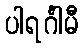
ပါရင်္ဂါမီ